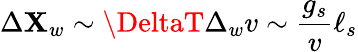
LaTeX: \Delta\mathbf{X}_{w}\sim\DeltaT\Delta_{w}v\sim{\frac{{g_{s}}}{{v}}}\ell_{s}